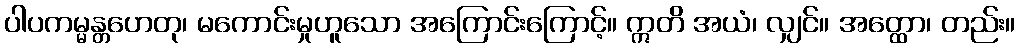
ပါပကမ္မန္တဟေတု၊ မကောင်းမှုဟူသော အကြောင်းကြောင့်။ ဣတိ အယံ၊ လျှင်။ အတ္ထော၊ တည်း။